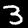
Label: 3